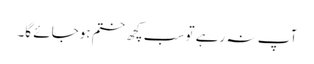
آپ نہ رہے تو سب کچھ ختم ہوجائے گا۔